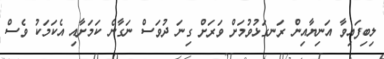
ލިބިފައިވާ އަނިޔާއިން ރަނގަޅުވުމަށް ވަރަށް ގިނަ ދުވަސް ނަގާނެ ކަމަށާއި އެކަމަކު ވެސް